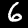
Label: 6